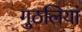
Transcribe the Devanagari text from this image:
गुठलियां